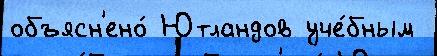
объясн'ено́ Ютландов уче́бным